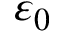
\varepsilon _ { 0 }